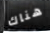
هناك